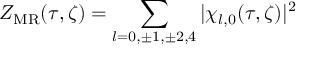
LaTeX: Z _ { \mathrm { M R } } ( \tau , \zeta ) = \sum _ { l = 0 , \pm 1 , \pm 2 , 4 } \vert \chi _ { l , 0 } ( \tau , \zeta ) \vert ^ { 2 }